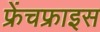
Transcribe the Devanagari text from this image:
फ्रेंचफ्राइस